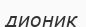
дионик